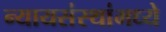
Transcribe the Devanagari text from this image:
न्यायसंस्थांमध्ये